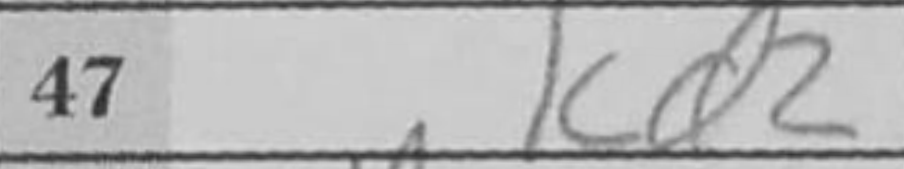
Transcription: Kd2